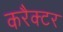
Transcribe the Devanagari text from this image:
करैक्टर